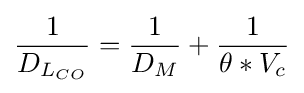
{\frac {1}{D_{L_{CO}}}}={\frac {1}{D_{M}}}+{\frac {1}{\theta *V_{c}}}